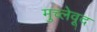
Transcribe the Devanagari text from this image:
मुच्लेवूद